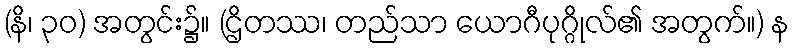
(နိ၊ ၃၀) အတွင်း၌။ (ဌိတဿ၊ တည်သာ ယောဂီပုဂ္ဂိုလ်၏ အတွက်။) န